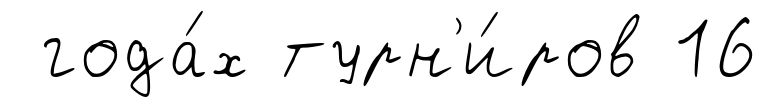
года́х турн'и́ров 16